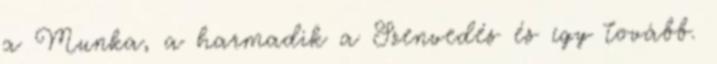
a Munka, a harmadik a Szenvedés és így tovább.